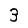
Digit: 3